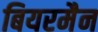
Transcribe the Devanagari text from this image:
बियरमैन